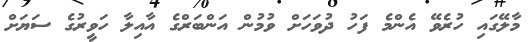
މާލޭގައި ހުރެވޭ އެންމެ ފަހު ދުވަހަށް ވުމުން އަންބަރްގެ އާއިލާ ހަވީރުގެ ސަޔަށް